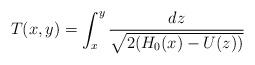
LaTeX: \begin{align*}T(x,y)=\int_{x}^{y}\frac{dz}{\sqrt{2(H_{0}(x)-U(z))}}\end{align*}